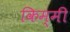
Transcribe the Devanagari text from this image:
किम्मी